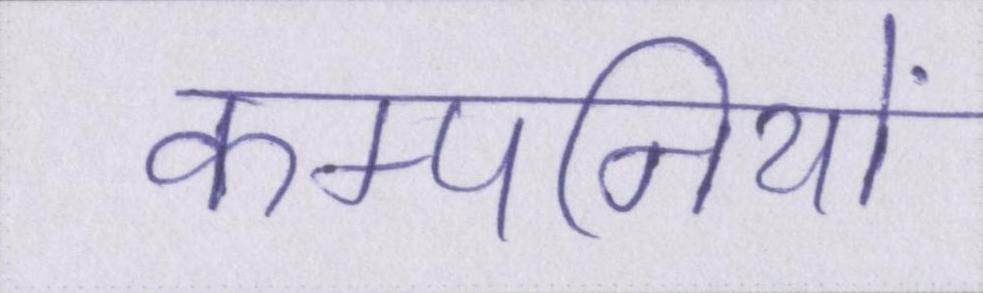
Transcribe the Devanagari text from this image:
कम्पनियों